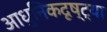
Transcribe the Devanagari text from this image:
आधुनिकदृष्ट्या